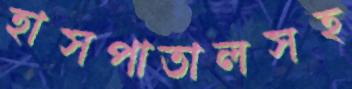
হাসপাতালসহ